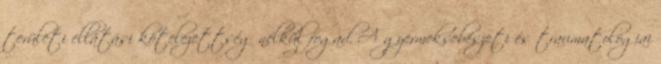
területi ellátási kötelezettség nélkül fogad. A gyermeksebészeti és traumatológiai